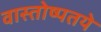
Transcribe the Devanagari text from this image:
वास्तोष्पतये